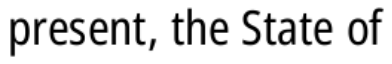
present, the State of